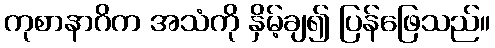
ကုစာနာဂိက အသံကို နှိမ့်ချ၍ ပြန်ဖြေသည်။